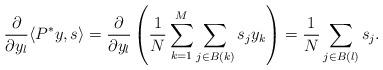
LaTeX: \begin{align*}\frac{\partial}{\partial y_l} \langle P^* y , s \rangle = \frac{\partial}{\partial y_l} \left( \frac{1}{N} \sum_{k =1}^{M} \sum_{j \in B(k)} s_j y_k \right) = \frac{1}{N} \sum_{j \in B(l)} s_j. \end{align*}